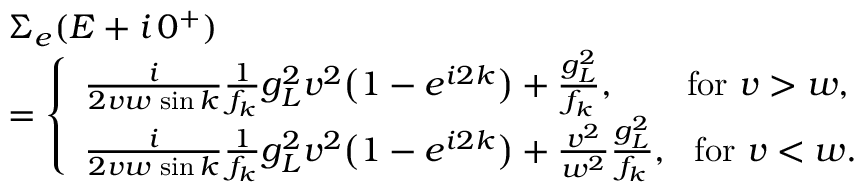
\begin{array} { r l } & { \Sigma _ { e } ( E + i \, 0 ^ { + } ) } \\ & { = \left\{ \begin{array} { l l } { \frac { i } { 2 v w \, \sin { k } } \frac { 1 } { f _ { k } } g _ { L } ^ { 2 } v ^ { 2 } \big ( 1 - e ^ { i 2 k } \big ) + \frac { g _ { L } ^ { 2 } } { f _ { k } } , ~ ~ ~ ~ ~ \mathrm { ~ f o r ~ } v > w , } \\ { \frac { i } { 2 v w \, \sin { k } } \frac { 1 } { f _ { k } } g _ { L } ^ { 2 } v ^ { 2 } \big ( 1 - e ^ { i 2 k } \big ) + \frac { v ^ { 2 } } { w ^ { 2 } } \frac { g _ { L } ^ { 2 } } { f _ { k } } , ~ \mathrm { ~ f o r ~ } v < w . } \end{array} \right. } \end{array}